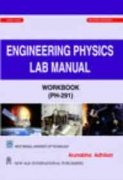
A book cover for Engineering Physics Lab Manual Workbook [PH-291]; WBUT; Science & Math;